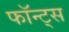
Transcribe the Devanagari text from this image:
फॉन्ट्स